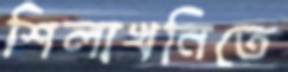
শিলাখনিতে